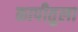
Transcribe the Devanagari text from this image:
कापीतुला